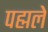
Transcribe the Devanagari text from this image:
पह्मले